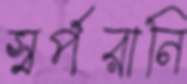
স্বর্পরানি